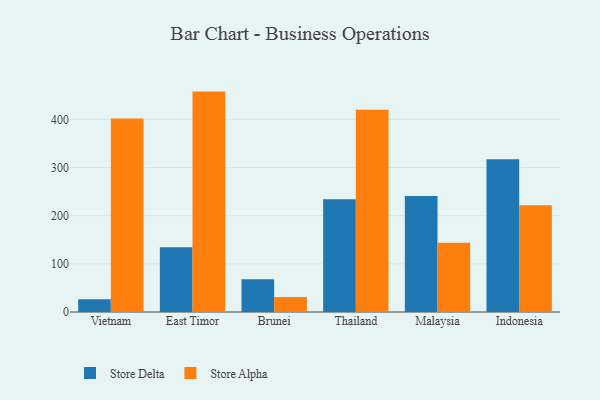
{"axis": {"x": "Country", "y": "Conversion Rate (%)"}, "legend": ["Store Alpha", "Store Delta"], "data": [{"x": "Vietnam", "y": 26.5, "type": "Store Delta"}, {"x": "Vietnam", "y": 401.8, "type": "Store Alpha"}, {"x": "East Timor", "y": 134.6, "type": "Store Delta"}, {"x": "East Timor", "y": 457.6, "type": "Store Alpha"}, {"x": "Brunei", "y": 67.8, "type": "Store Delta"}, {"x": "Brunei", "y": 31.4, "type": "Store Alpha"}, {"x": "Thailand", "y": 233.9, "type": "Store Delta"}, {"x": "Thailand", "y": 419.7, "type": "Store Alpha"}, {"x": "Malaysia", "y": 240.7, "type": "Store Delta"}, {"x": "Malaysia", "y": 143.9, "type": "Store Alpha"}, {"x": "Indonesia", "y": 317.2, "type": "Store Delta"}, {"x": "Indonesia", "y": 221.6, "type": "Store Alpha"}]}